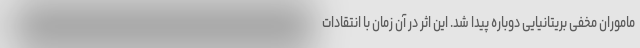
ماموران مخفی بریتانیایی دوباره پیدا شد. این اثر در آن زمان با انتقادات